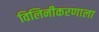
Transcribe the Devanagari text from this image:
विलिनीकरणाला